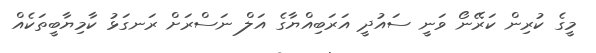
މީގެ ކުރިން ކަރޭނޯ ވަނީ ސައުދީ އަރަބިއްޔާގެ އަލް ނަސްރަށް ރަނގަޅު ކާމިޔާބީތަކެއް